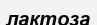
лактоза